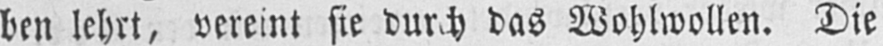
ben lehrt, vereint sie durch das Wohlwollen. Die